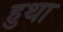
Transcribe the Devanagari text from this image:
हुथा